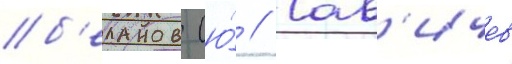
б'еланов (ю́ // Сав'ичев